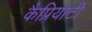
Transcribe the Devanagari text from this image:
कैप्रियाटी